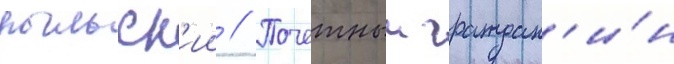
рыльск'ии // Почетныи граждан'и́н